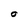
Character: O